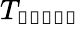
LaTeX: T_{\mathbb{start}}